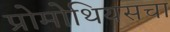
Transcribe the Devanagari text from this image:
प्रोमोथियसचा